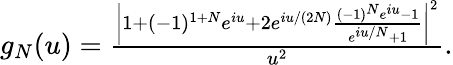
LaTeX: \begin{array}{r}{g_{N}(u)=\frac{\left|1+(-1)^{1+N}e^{iu}+2e^{iu/(2N)}\frac{(-1)^{N}e^{iu}-1}{e^{iu/N}+1}\right|^{2}}{u^{2}}.}\end{array}